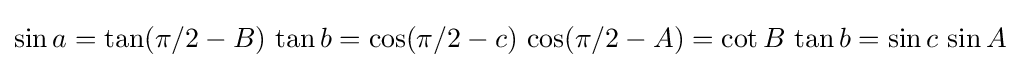
\sin a=\tan(\pi /2-B)\,\tan b=\cos(\pi /2-c)\,\cos(\pi /2-A)=\cot B\,\tan b=\sin c\,\sin A